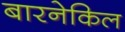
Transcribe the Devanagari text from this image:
बारनेकिल